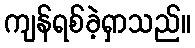
ကျန်ရစ်ခဲ့ရှာသည်။